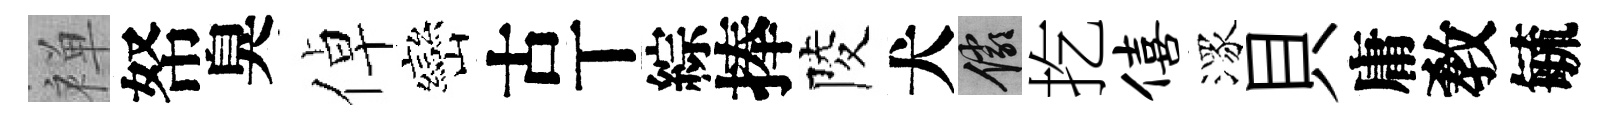
禅帑臭倬巒古丅綜捧陵犬儼扢僖潈貝庸敎毓